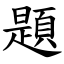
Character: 題